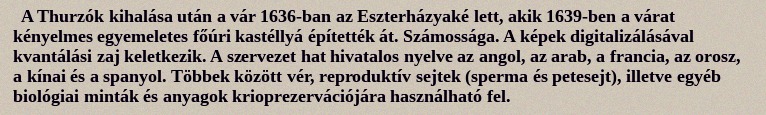
A Thurzók kihalása után a vár 1636-ban az Eszterházyaké lett, akik 1639-ben a várat kényelmes egyemeletes főúri kastéllyá építették át. Számossága. A képek digitalizálásával kvantálási zaj keletkezik. A szervezet hat hivatalos nyelve az angol, az arab, a francia, az orosz, a kínai és a spanyol. Többek között vér, reproduktív sejtek (sperma és petesejt), illetve egyéb biológiai minták és anyagok krioprezervációjára használható fel.